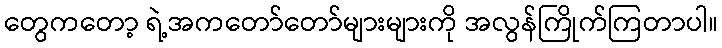
တွေကတော့ ရဲ့အကတော်တော်များများကို အလွန်ကြိုက်ကြတာပါ။